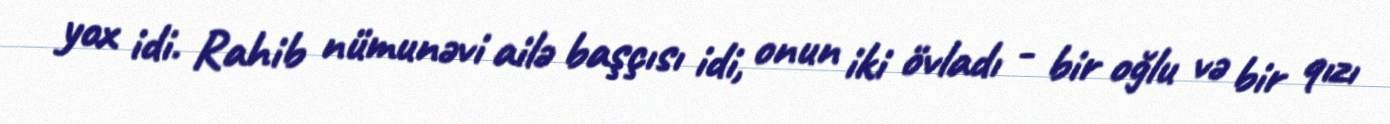
yox idi. Rahib nümunəvi ailə başçısı idi, onun iki övladı - bir oğlu və bir qızı